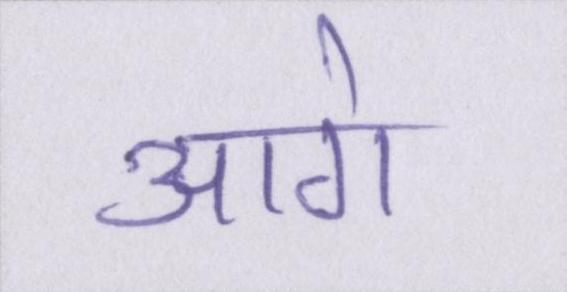
आगे